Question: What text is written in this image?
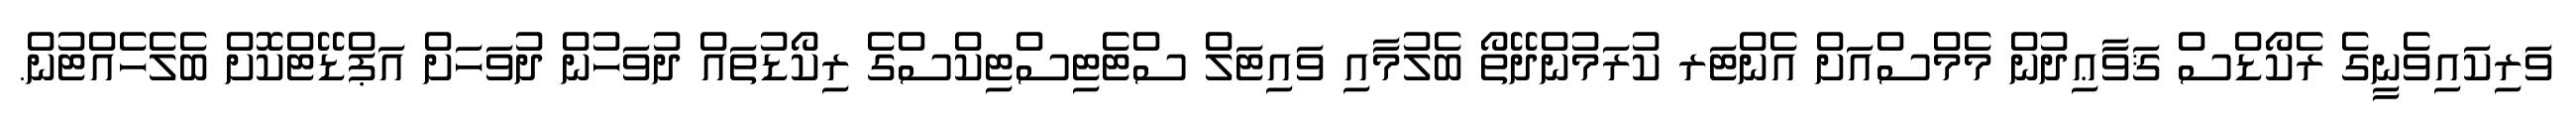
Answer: ވަރިކައިވެނީގެ ރެކޯޑްސް ޤަވާޢިދުން މެމްސްއަށް އެންޓަރ ކުރަމުންދޭތޯ ބެލުމާއި ވައިޓަލް ސްޓެޓިސްޓިކްސްގެ ރިކޯޑުތައް ދުވަހުން ދުވަހަށް އަޕްޑޭޓްކޮށް ބެލެހެއްޓުން.